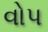
વોપ